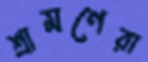
শ্রামণেরা